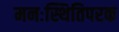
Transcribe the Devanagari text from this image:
मनःस्थितिपरक